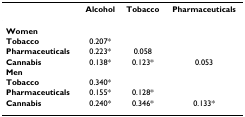
<table><thead><tr><td></td><td><b>Alcohol</b></td><td><b>Tobacco</b></td><td><b>Pharmaceuticals</b></td></tr></thead><tbody><tr><td><b>Women</b></td><td></td><td></td><td></td></tr><tr><td><b>Tobacco</b></td><td>0.207*</td><td></td><td></td></tr><tr><td><b>Pharmaceuticals</b></td><td>0.223*</td><td>0.058</td><td></td></tr><tr><td><b>Cannabis</b></td><td>0.138*</td><td>0.123*</td><td>0.053</td></tr><tr><td><b>Men</b></td><td></td><td></td><td></td></tr><tr><td><b>Tobacco</b></td><td>0.340*</td><td></td><td></td></tr><tr><td><b>Pharmaceuticals</b></td><td>0.155*</td><td>0.128*</td><td></td></tr><tr><td><b>Cannabis</b></td><td>0.240*</td><td>0.346*</td><td>0.133*</td></tr></tbody></table>